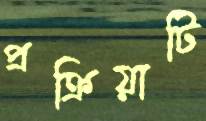
প্রক্রিয়াটি